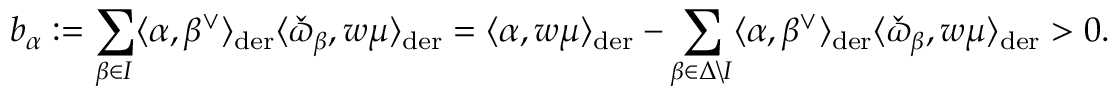
b _ { \alpha } : = \sum _ { \beta \in I } \langle \alpha , \beta ^ { \vee } \rangle _ { \mathrm { d e r } } \langle \check { \varpi } _ { \beta } , w \mu \rangle _ { \mathrm { d e r } } = \langle \alpha , w \mu \rangle _ { \mathrm { d e r } } - \sum _ { \beta \in \Delta \backslash I } \langle \alpha , \beta ^ { \vee } \rangle _ { \mathrm { d e r } } \langle \check { \varpi } _ { \beta } , w \mu \rangle _ { \mathrm { d e r } } > 0 .